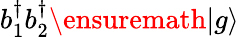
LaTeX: b_{1}^{\dagger}b_{2}^{\dagger}\ensuremath{|g\rangle}